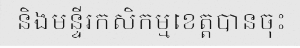
និងមន្ទីរកសិកម្មខេត្តបានចុះ